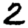
Digit: 2